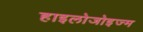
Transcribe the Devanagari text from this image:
हाइलोजोइज्म